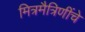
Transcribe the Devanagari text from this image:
मित्रमैत्रिणींचे